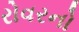
રોવરનો